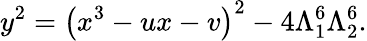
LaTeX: y^{2}=\left(x^{3}-ux-v\right)^{2}-4\Lambda_{1}^{6}\Lambda_{2}^{6}.